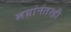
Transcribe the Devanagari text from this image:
लग्नांनंतरही